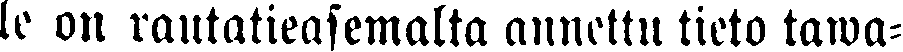
le on rantatieasemalta annettu tieto tawa-